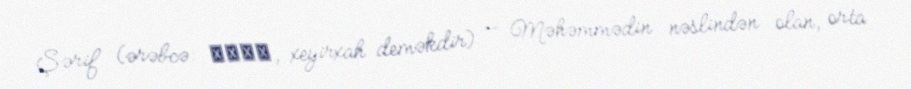
Şərif (ərəbcə: شريف, xeyirxah deməkdir) — Məhəmmədin nəslindən olan, orta